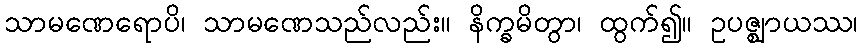
သာမဏေရောပိ၊ သာမဏေသည်လည်း။ နိက္ခမိတွာ၊ ထွက်၍။ ဥပဇ္ဈာယဿ၊